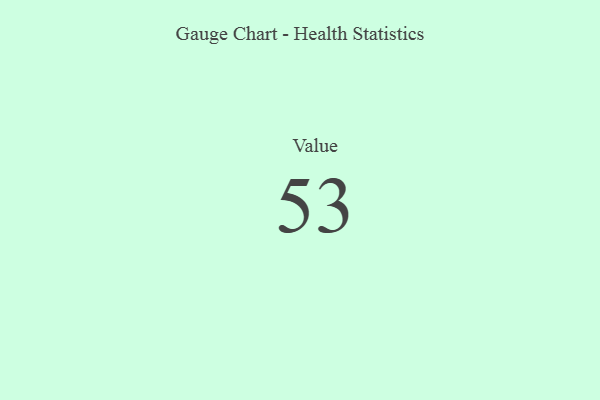
{"axis": {"x": "Metric", "y": "Value"}, "legend": [""], "data": [{"x": "Value", "y": 53, "type": ""}]}